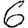
Digit: 6